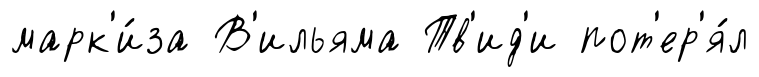
марк'и́за В'ильяма Тв'ид'и пот'ер'я́л